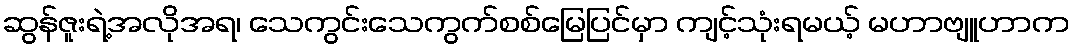
ဆွန်ဇူးရဲ့အလိုအရ၊ သေကွင်းသေကွက်စစ်မြေပြင်မှာ ကျင့်သုံးရမယ့် မဟာဗျူဟာက